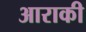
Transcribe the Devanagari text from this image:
आराकी